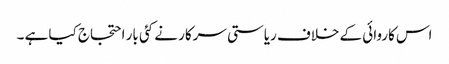
اس کاروائی کے خلاف ریاستی سرکار نے کئی بار احتجاج کیا ہے ۔